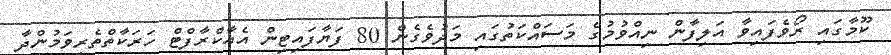
ކޫމާގައި ރޯވެފައިވާ އަލިފާން ނިއްވުމުގެ މަސައްކަތުގައި މަދުވެގެން 80 ފަޔާފައިޓިން އެއާކްރާފްޓް ހަރަކާތްތެރިވަމުންދާ